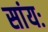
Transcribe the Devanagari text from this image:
सांयः